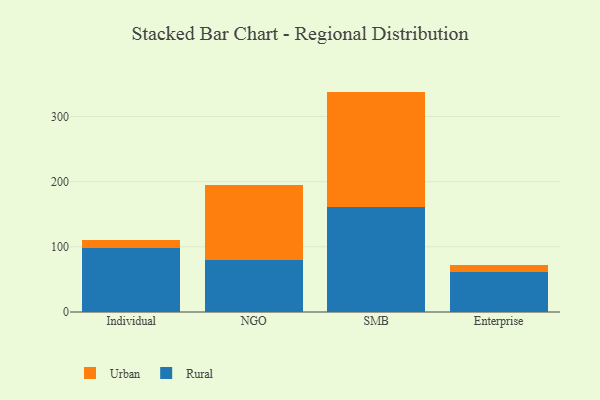
{"axis": {"x": "Segment", "y": "Active Users"}, "legend": ["Rural", "Urban"], "data": [{"x": "Individual", "y": 97.7, "type": "Rural"}, {"x": "Individual", "y": 12.2, "type": "Urban"}, {"x": "NGO", "y": 79.8, "type": "Rural"}, {"x": "NGO", "y": 115.3, "type": "Urban"}, {"x": "SMB", "y": 160.5, "type": "Rural"}, {"x": "SMB", "y": 177.8, "type": "Urban"}, {"x": "Enterprise", "y": 61.2, "type": "Rural"}, {"x": "Enterprise", "y": 11.3, "type": "Urban"}]}